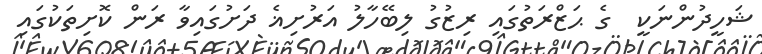
ޝަހީދުންނަކީ  ގެ ޙަޒްރަތުގައި ރިޒުގު ލިބޭހާލު އަރުށިޣެ ދަށުގައިވާ ރަން ކޮށިތަކުގައި